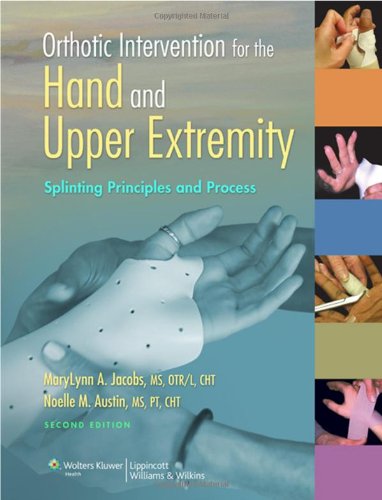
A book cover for Orthotic Intervention for the Hand and Upper Extremity: Splinting Principles and Process; MaryLynn A. Jacobs MS  OTR/L  CHT; Health, Fitness & Dieting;